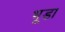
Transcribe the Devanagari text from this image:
भूडा